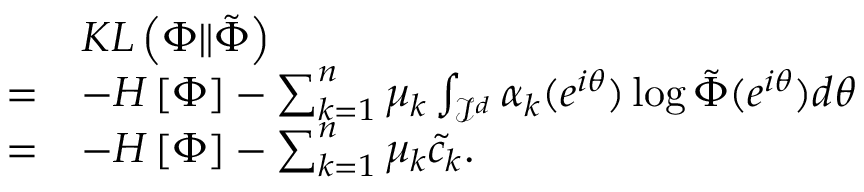
\begin{array} { r l } & { K L \left( \Phi \| \tilde { \Phi } \right) } \\ { = } & { - H \left[ \Phi \right] - \sum _ { k = 1 } ^ { n } \mu _ { k } \int _ { \mathcal { I } ^ { d } } \alpha _ { k } ( e ^ { i \boldsymbol { \theta } } ) \log \tilde { \Phi } ( e ^ { i \boldsymbol { \theta } } ) d \boldsymbol { \theta } } \\ { = } & { - H \left[ \Phi \right] - \sum _ { k = 1 } ^ { n } \mu _ { k } \tilde { c } _ { k } . } \end{array}